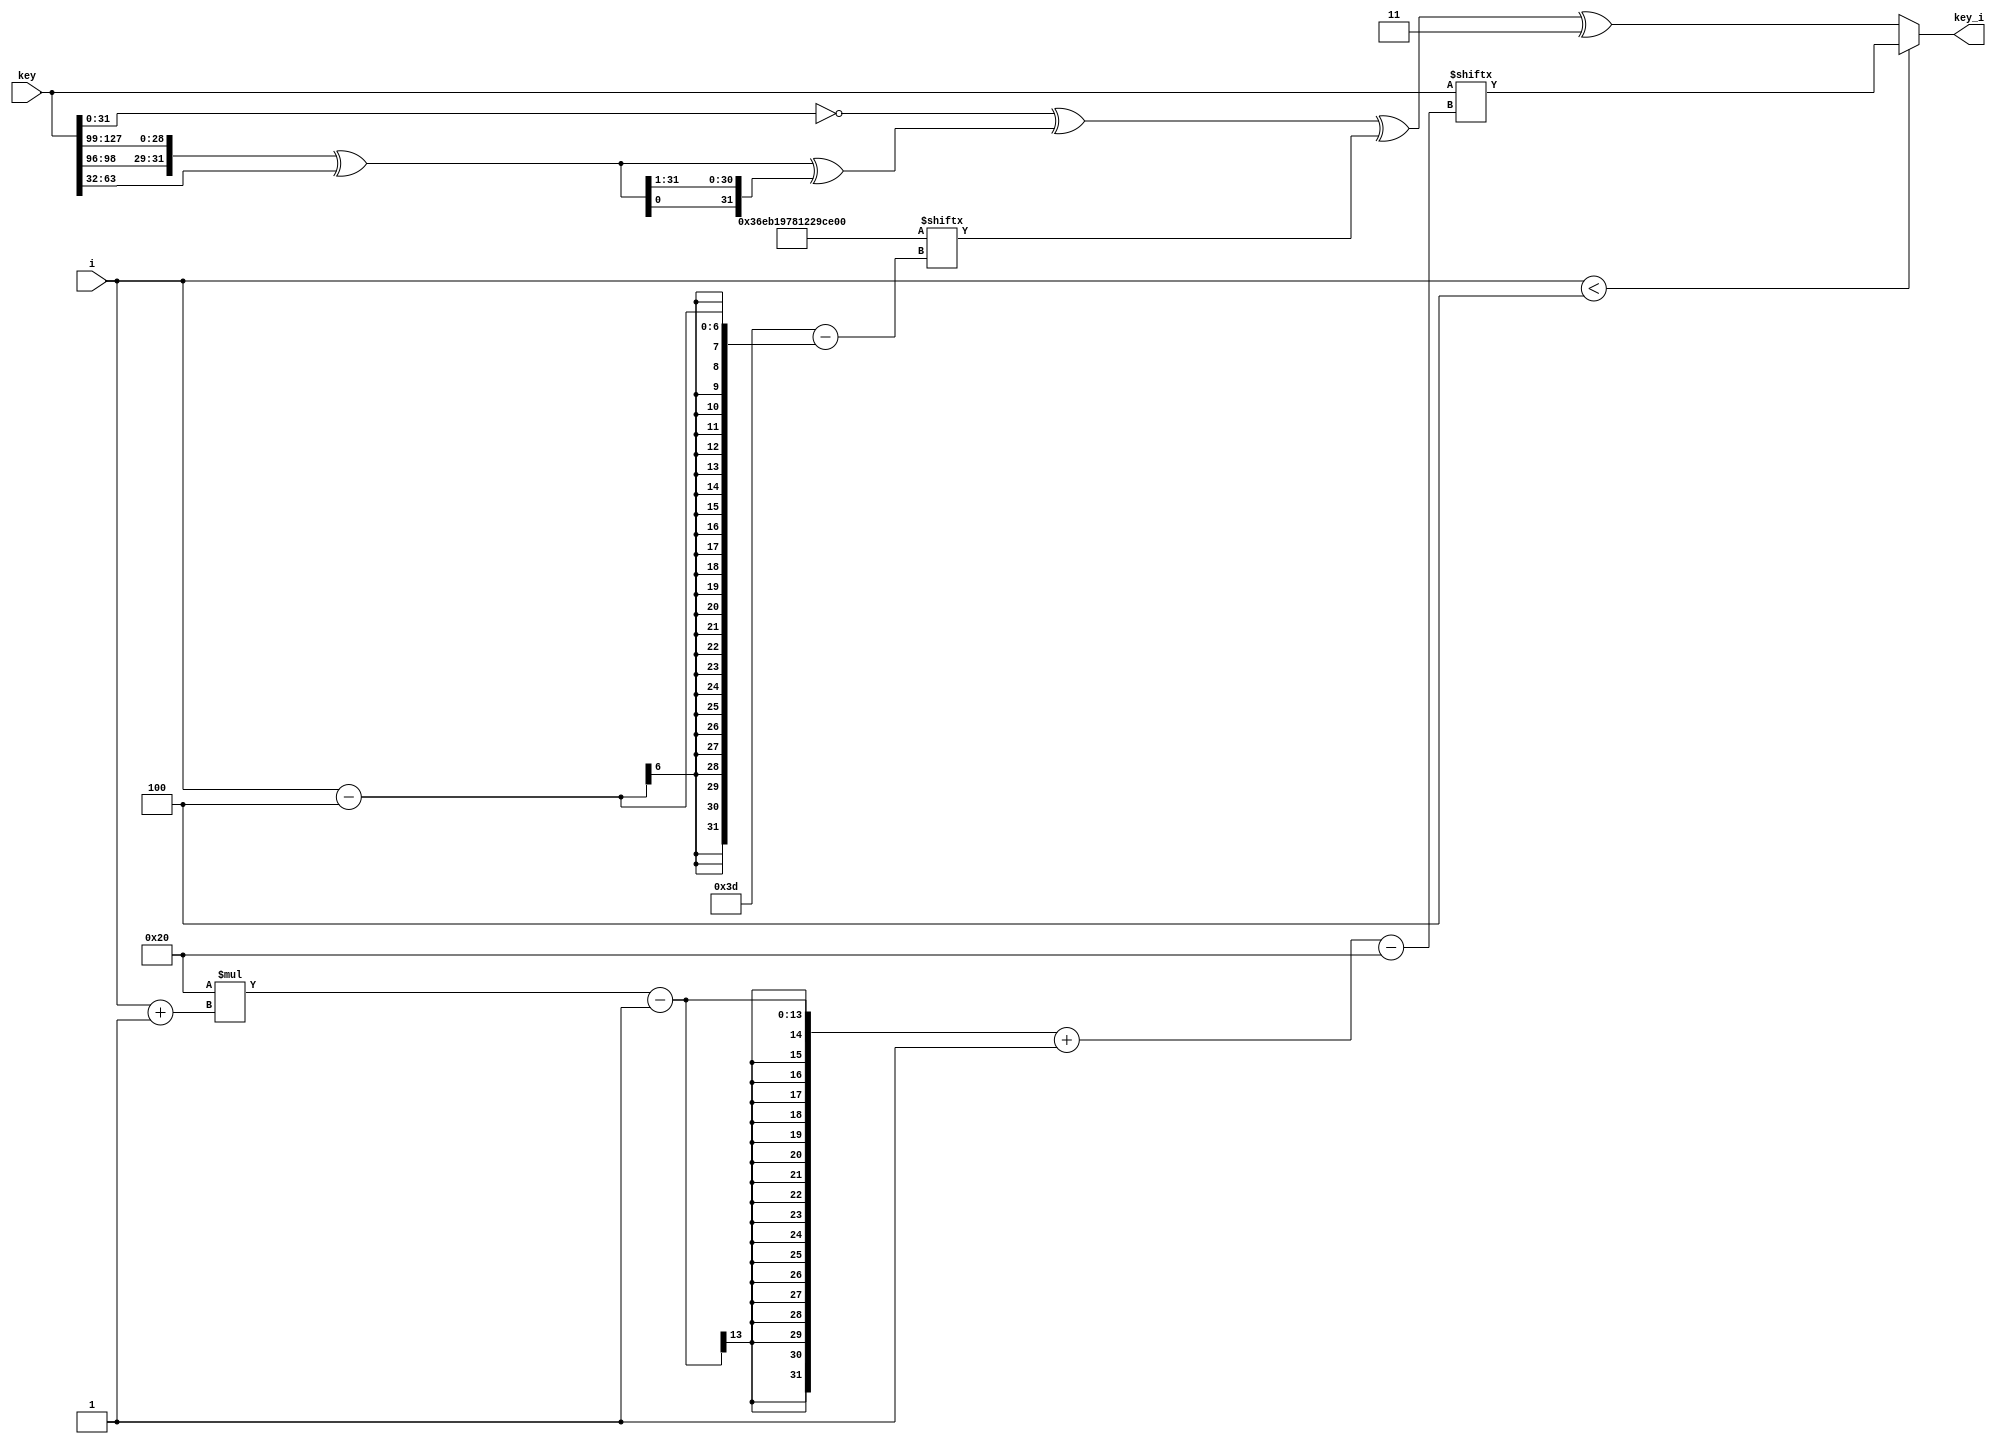
module key_expansion(
    input [127:0] key,
    input [5:0] i, // denotes current round
    output reg [31:0] key_i
);
  localparam [0:61] z = 62'b11011011101011000110010111100000010010001010011100110100001111;
  
  // Split key into 4 parts
  wire [31:0] key_parts [3:0];
  

  reg [31:0] tmp1, tmp2, tmp3;

  always @(*) begin
    if (i < 4) begin
      //key_i = key_parts[i];
      key_i = key[32*(i+1)-1-: 32];
    end else begin
      // Rotate right by 3 bits
      tmp1 = {key[96+:3], key[127-:29]};
      // XOR with key[63-:32]
      tmp1 = tmp1 ^ key[63-:32];//key_parts[2];
      // Rotate right by 1 bit and XOR with tmp1 again
      tmp2 = {tmp1[0], tmp1[31:1]};
      tmp3 = tmp1 ^ tmp2;
      // Final computation for key_i

      key_i = ~key[31:0] ^ tmp3  ^ z[i-4] ^ 2'b11;
    end
  end
endmodule